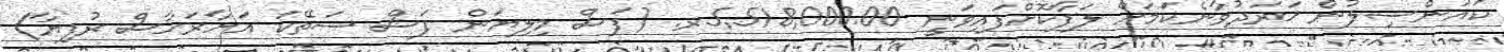
ކައުންސިލުން ޚަރަދުވާނެކަމަށް ލަފާކޮށްފައިވަނީ 5